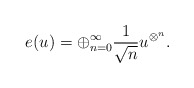
\begin{align*}e(u) = \oplus_{n=0}^{\infty} \frac{1}{\sqrt{n}} u^{\otimes^n}.\end{align*}